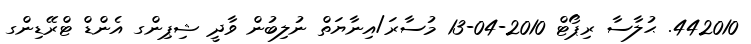
442010. ޙުލާސާ ރިޕޯޓް 2010-04-13 މުސާރަ/އިނާޔަތް ނުލިބުން ވާދީ ޝިޕިންގ އެންޑް ޓްރޭޑިންގ